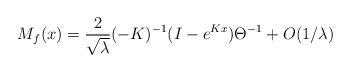
LaTeX: \begin{align*}M_f(x) = \frac{2}{\sqrt\lambda} (-K)^{-1} (I - e^{Kx}) \Theta^{-1} + O(1/\lambda)\end{align*}